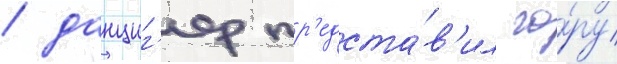
/ данциг'ер пр'едста́в'ил го́ру